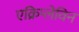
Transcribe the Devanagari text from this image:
एक्रिप्लेविन